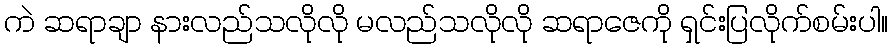
ကဲ ဆရာချာ နားလည်သလိုလို မလည်သလိုလို ဆရာဇေကို ရှင်းပြလိုက်စမ်းပါ။